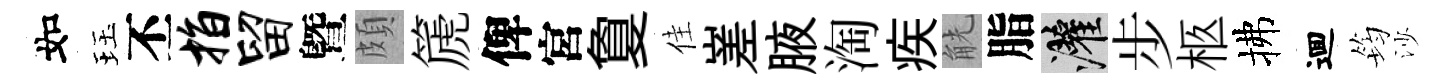
如珏丕指留曁頗篪俾宮夐佳嵳腋淘疾觥脂灌步柩拂逥筠沙